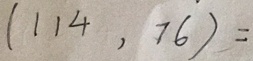
( 1 1 4 , 7 6 ) =